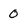
Character: 0